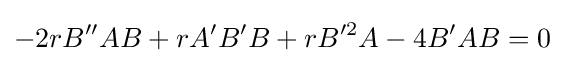
-2rB''AB+rA'B'B+rB'^{2}A-4B'AB=0